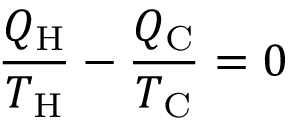
{ \frac { Q _ { \mathrm { H } } } { T _ { \mathrm { H } } } } - { \frac { Q _ { \mathrm { C } } } { T _ { \mathrm { C } } } } = 0